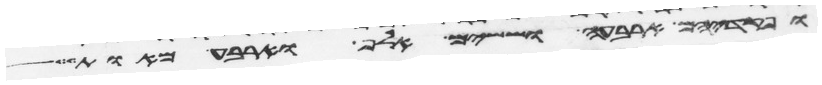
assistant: ופקדיהם ארבעה וששים אלף וארבע מאות